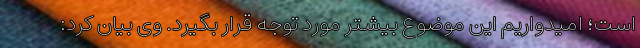
است؛ امیدواریم این موضوع بیشتر مورد توجه قرار بگیرد. وی بیان کرد: